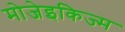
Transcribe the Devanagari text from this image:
मोजेइकिज्म